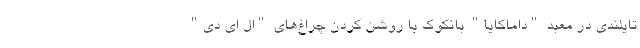
تایلندی در معبد "داماکایا" بانکوک با روشن کردن چراغ‌‌های "ال ای دی"